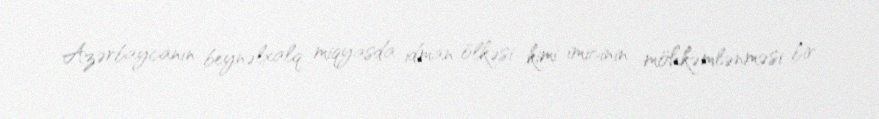
Azərbaycanın beynəlxalq miqyasda idman ölkəsi kimi imicinin möhkəmlənməsi bir